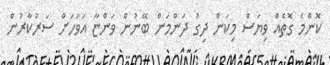
ކޮންމެ ގޮތެއް ވިޔަސް މިކަން ދިގު ދަންމަން ބޭނުން ވަންޏާ އަވަހަށް ސަރުކާރުން